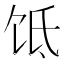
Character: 𬲮